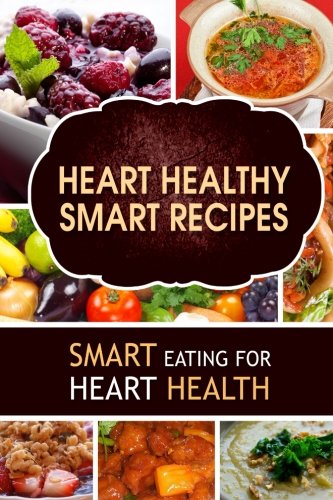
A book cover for Heart Healthy Smart Recipes: Smart Eating for Heart Health; Heart-Care Series; Cookbooks, Food & Wine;